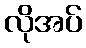
လိုအပ်